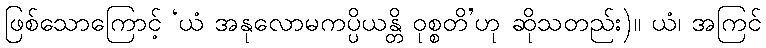
ဖြစ်သောကြောင့် ‘ယံ အနုလောမကပ္ပိယန္တိ ဝုစ္စတိ’ဟု ဆိုသတည်း)။ ယံ၊ အကြင်